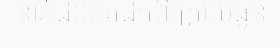
នារីដែលគេដឹកពីក្រោយធ្ងន់